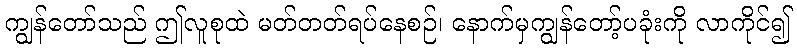
ကျွန်တော်သည် ဤလူစုထဲ မတ်တတ်ရပ်နေစဉ်၊ နောက်မှကျွန်တော့်ပခုံးကို လာကိုင်၍